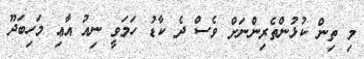
މި ތިން ކުޅުންތެރިންނަށް ވެސް ދެ ކާޑު ހަމަވީ ނިއު އާޢި މަހިބަދޫ